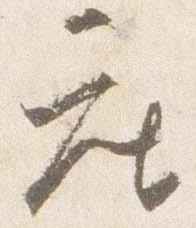
座